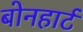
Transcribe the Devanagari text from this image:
बोनहार्ट